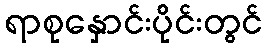
ရာစုနှောင်းပိုင်းတွင်